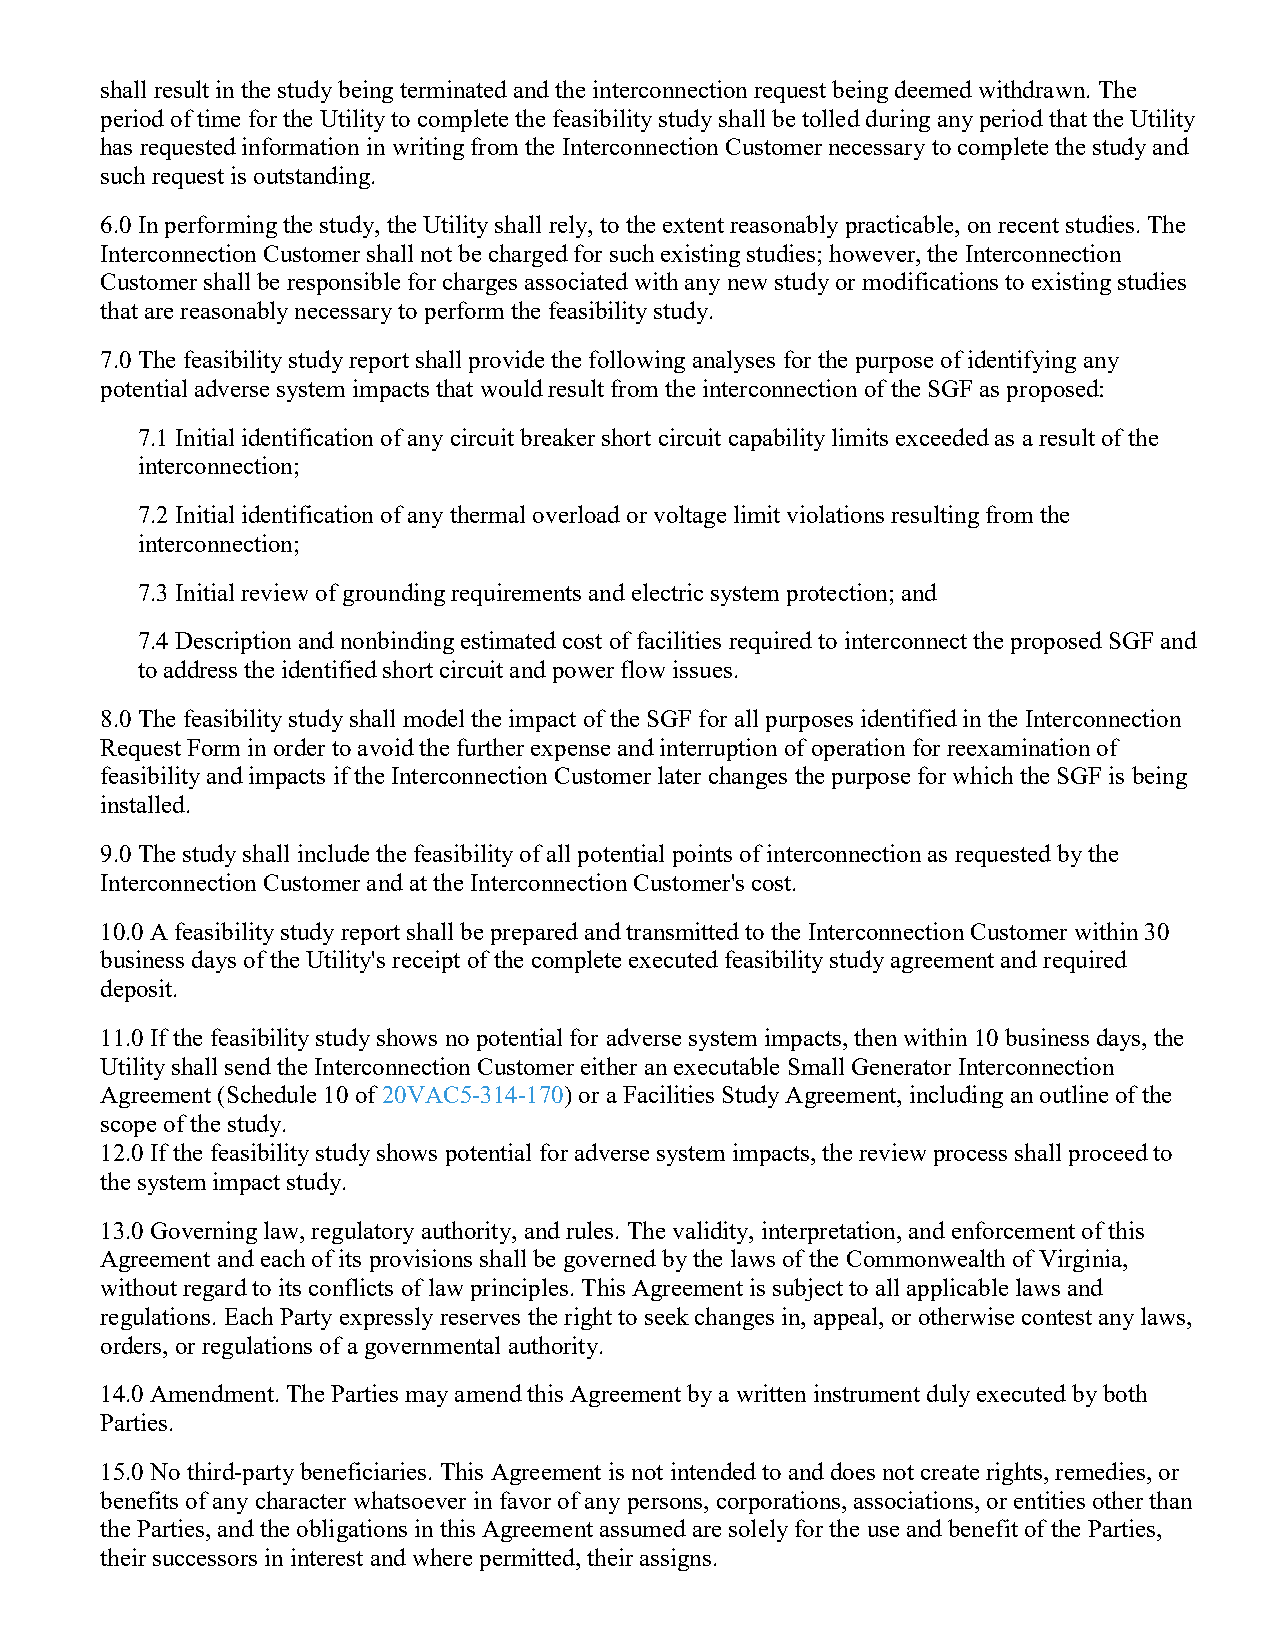
shall result in the study being terminated and the interconnection request being deemed withdrawn. The
 period of time for the Utility to complete the feasibility study shall be tolled during any period that the Utility
 has requested information in writing from the Interconnection Customer necessary to complete the study and
 such request is outstanding.
 6.0 In performing the study, the Utility shall rely, to the extent reasonably practicable, on recent studies. The
 Interconnection Customer shall not be charged for such existing studies; however, the Interconnection
 Customer shall be responsible for charges associated with any new study or modifications to existing studies
 that are reasonably necessary to perform the feasibility study.
 7.0 The feasibility study report shall provide the following analyses for the purpose of identifying any
 potential adverse system impacts that would result from the interconnection of the SGF as proposed:
 7.1 Initial identification of any circuit breaker short circuit capability limits exceeded as a result of the
 interconnection;
 7.2 Initial identification of any thermal overload or voltage limit violations resulting from the
 interconnection;
 7.3 Initial review of grounding requirements and electric system protection; and
 7.4 Description and nonbinding estimated cost of facilities required to interconnect the proposed SGF and
 to address the identified short circuit and power flow issues.
 8.0 The feasibility study shall model the impact of the SGF for all purposes identified in the Interconnection
 Request Form in order to avoid the further expense and interruption of operation for reexamination of
 feasibility and impacts if the Interconnection Customer later changes the purpose for which the SGF is being
 installed.
 9.0 The study shall include the feasibility of all potential points of interconnection as requested by the
 Interconnection Customer and at the Interconnection Customer's cost.
 10.0 A feasibility study report shall be prepared and transmitted to the Interconnection Customer within 30
 business days of the Utility's receipt of the complete executed feasibility study agreement and required
 deposit.
 11.0 If the feasibility study shows no potential for adverse system impacts, then within 10 business days, the
 Utility shall send the Interconnection Customer either an executable Small Generator Interconnection
 Agreement (Schedule 10 of 20VAC5-314-170) or a Facilities Study Agreement, including an outline of the
 scope of the study.
 12.0 If the feasibility study shows potential for adverse system impacts, the review process shall proceed to
 the system impact study.
 13.0 Governing law, regulatory authority, and rules. The validity, interpretation, and enforcement of this
 Agreement and each of its provisions shall be governed by the laws of the Commonwealth of Virginia,
 without regard to its conflicts of law principles. This Agreement is subject to all applicable laws and
 regulations. Each Party expressly reserves the right to seek changes in, appeal, or otherwise contest any laws,
 orders, or regulations of a governmental authority.
 14.0 Amendment. The Parties may amend this Agreement by a written instrument duly executed by both
 Parties.
 15.0 No third-party beneficiaries. This Agreement is not intended to and does not create rights, remedies, or
 benefits of any character whatsoever in favor of any persons, corporations, associations, or entities other than
 the Parties, and the obligations in this Agreement assumed are solely for the use and benefit of the Parties,
 their successors in interest and where permitted, their assigns.